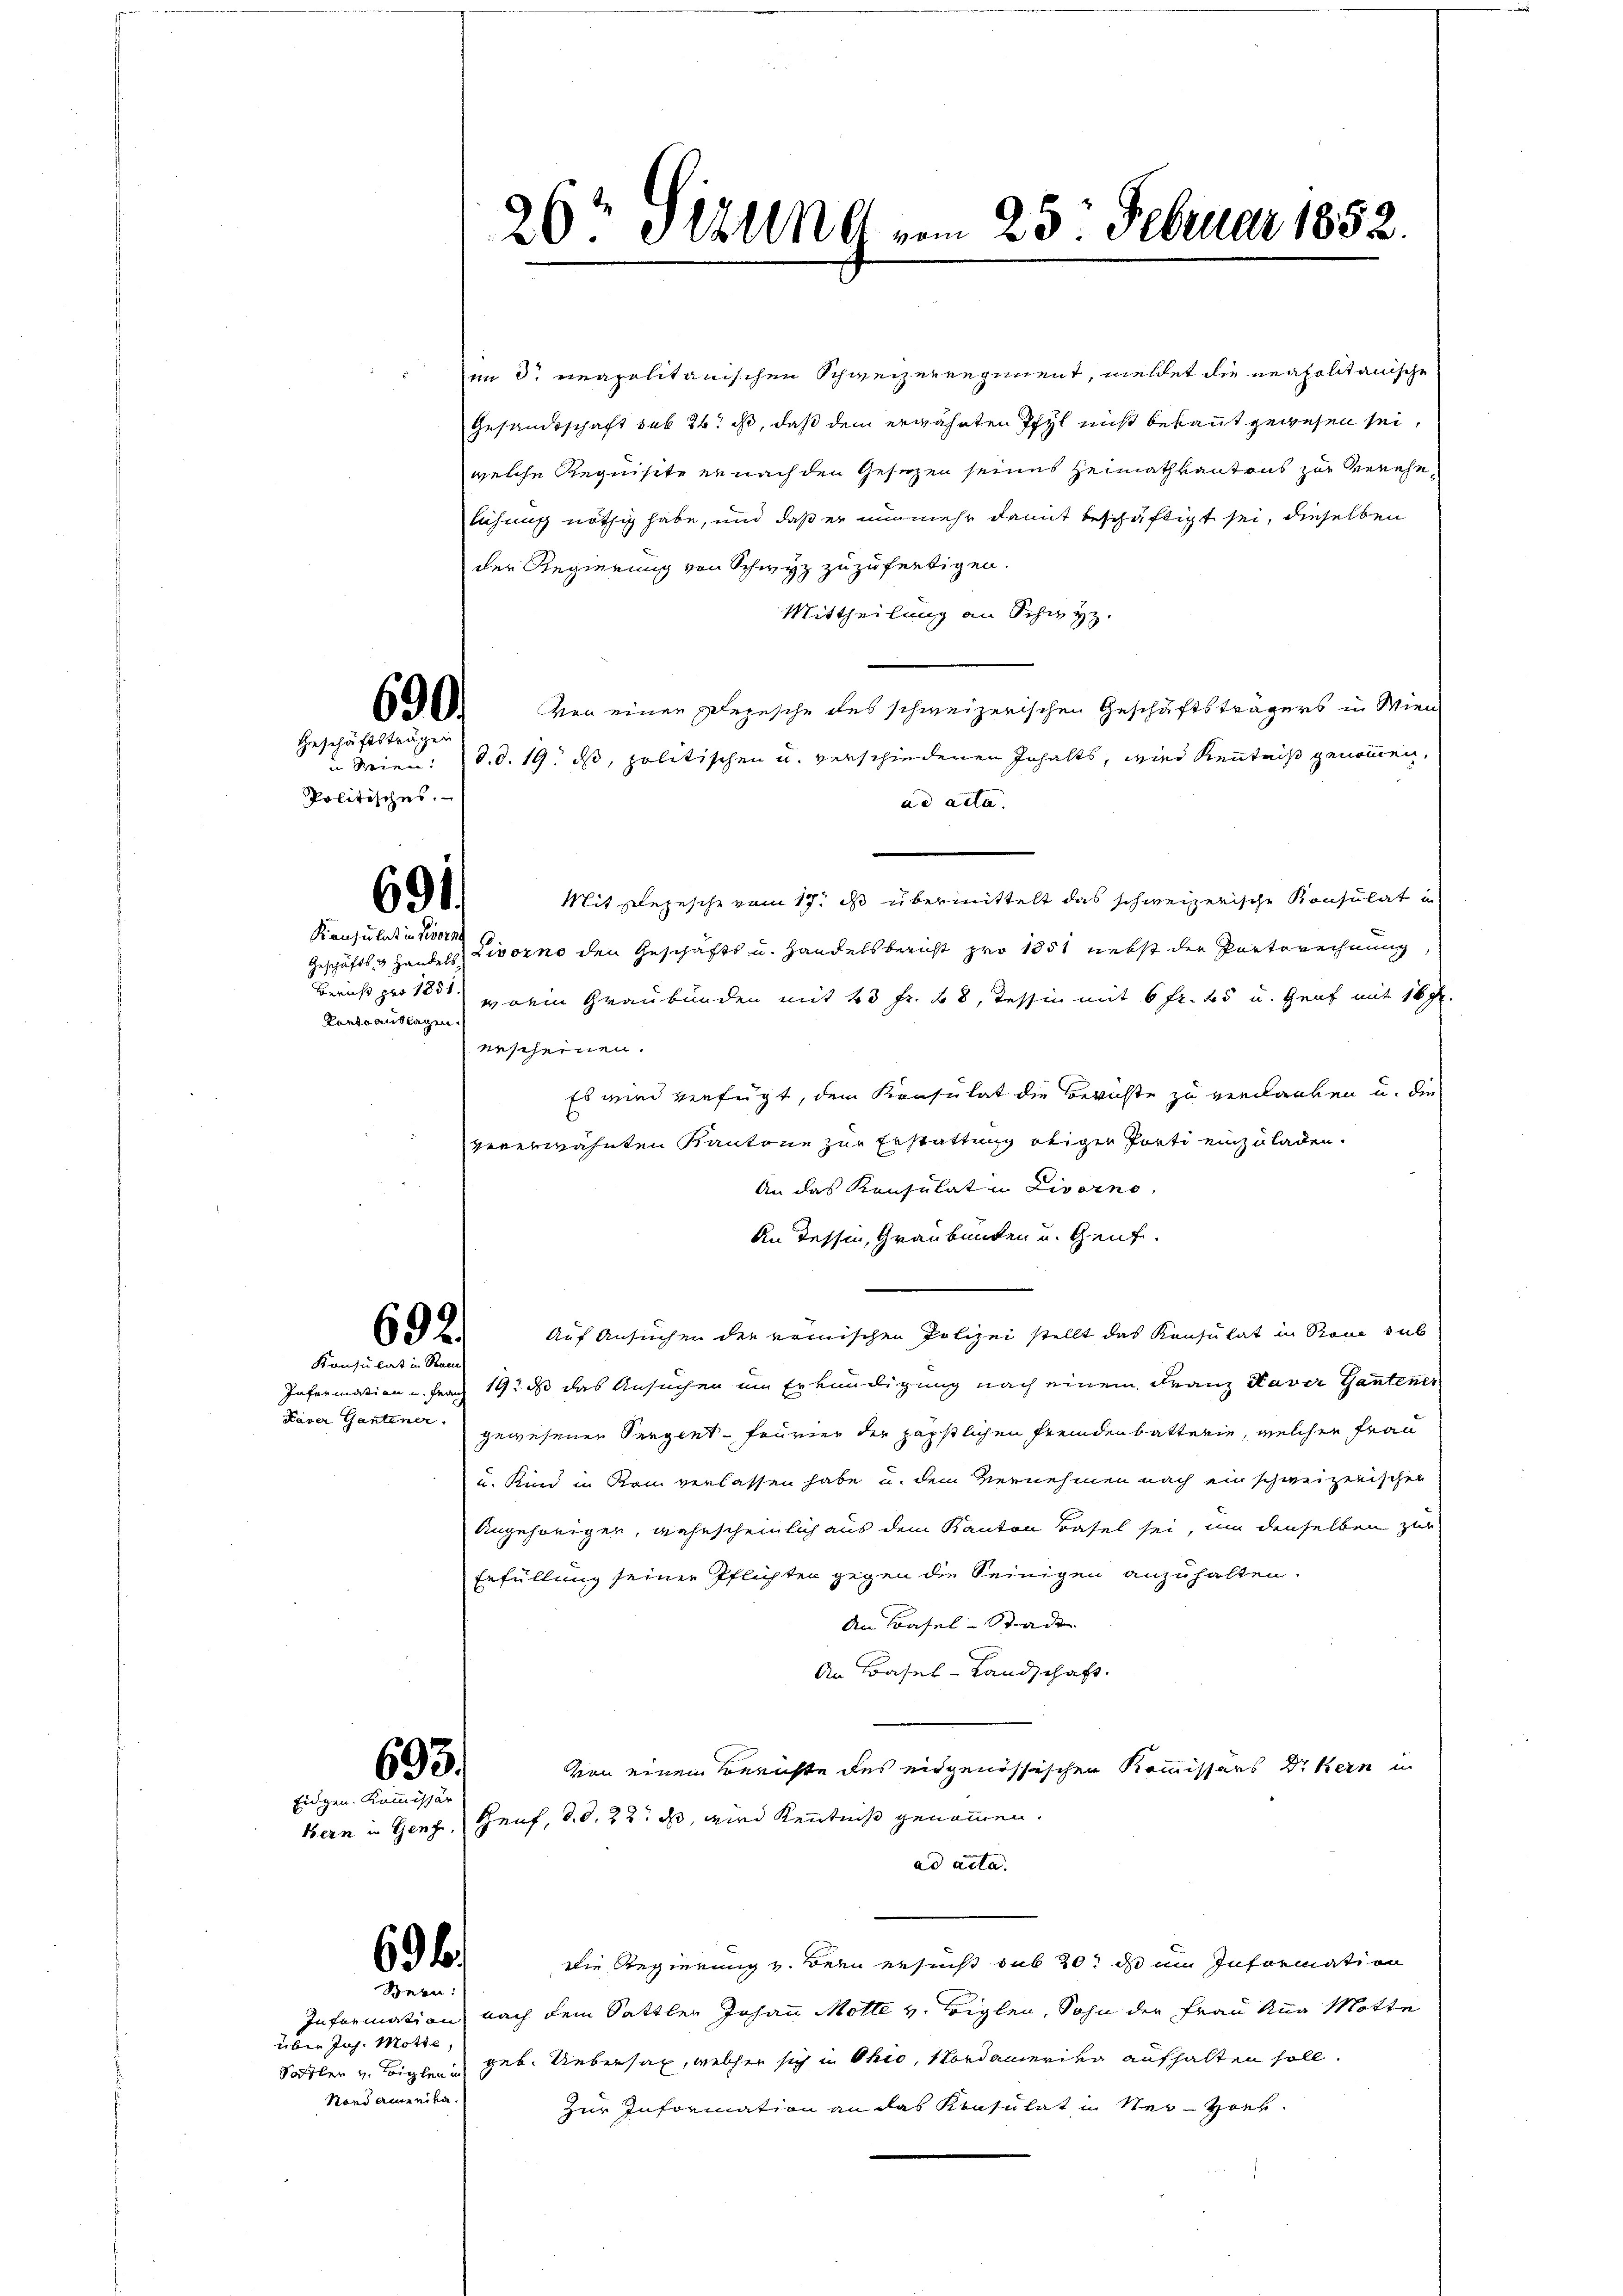
Politisches.

690.
Geschäftsträgen

691.

Konsulat in Livorne
Kartoauslagen.

Konsulat in Ram

Kaver Gantener.

693.
Eidgen. Kommissär

über Jos. Motte,
venannten.

20t Ställ vom 25. Februar 1852.

im dr neapolitanischen Schweizerregiment, meldet die neapolitanische
Gesandtschaft sub 26. ist, daß dem erwähnten Pfyl nicht bekannt gewesen sei,
welche Requisite er nach den Gesezen seines Heimathkantons zur Genehelichung nöthig habe, und daß er nunmehr damit beschäftigt sei, dieselben
der Regierung von Schwyz zuzufertigen.
Mittheilung an Schwyz.
von einen Depesche des schweizerischen Geschäftsträgers in Wien
u Wien d. d. 19. ds, politischen u. verschiedenen Inhalts, wied Kenntniß genommen,
ad acta.
Mit sezesche vom 17. ds übermittelt das schweizerische Konsulat in
Geschäfts- & Handels Livorno den Geschäfts u. Handelsbericht pro 1851 nebst der Porterechnung
Bericht pro 1851 ein Graubünden mit 23 Fr. 28, Tessin mit 6 fr. 45 u. Graf mit 16 f.
gescheinen.
Es wird verfügt, dem Konsulat die Berichte zu verdanken u. die
vererwähnten Kantone zur Erstattung obiger Porti einzuladen.
An das Konsulat in Livorno,
An Tessin, Graubünden und Genf.
Auf Ansuchen der römischen Polizei stellt das Konsulat in Reue sub
692.
Information u. Franz 193 dß das Ansuchen um Erkundigung nach einem Franz Kaver Gantener
gewesenen Seegent - feurier der päpstlichen Fremden batterie, welcher Frau
u. Kind in Rom verlassen habe u. dem Vernehmen nach ein schweizerischer
Angehörigen, wahrscheinlich aus dem Kanton Basel sei, um denselben zur
Erfüllung seiner Pflichten gegen die Seinigen anzuhalten.
An Basel-Stadt
An Basel-Landschaft.
von einem Berichte des eidgenössischen Kommissärs Vikern in
Bern in Genf, Genf, d. d. 22. ds, wird Kenntniß genommen.
ad acta
696.
Die Regierung v. Bern ersucht sub 20t ds im Information
Bern:
Information nach dem Sattler Johann Motte v. Biglen, Sohn der Frau Aug Motte
Sadler u. Biglen geb. Uebersal, welcher sich in Ohio, Nordamerika aufhalten soll.
Zur Information an das Konsulat in Ner-Zoet